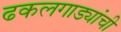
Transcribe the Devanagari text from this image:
ढकलगाड्यांची